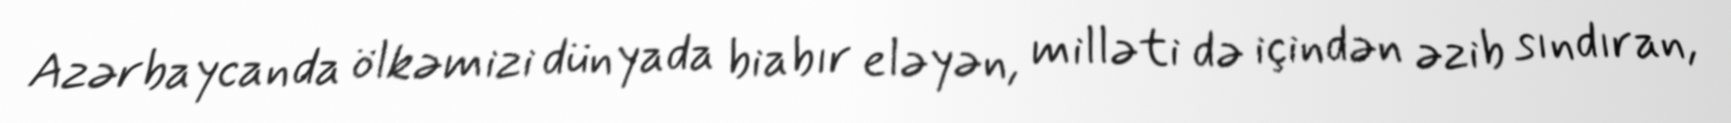
Azərbaycanda ölkəmizi dünyada biabır eləyən, milləti də içindən əzib sındıran,